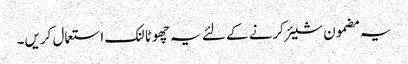
یہ مضمون شیئر کرنے کے لئے یہ چھوٹا لنک استعمال کریں۔